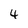
Character: 4